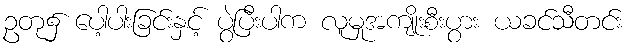
ဥတု၌ ပေါ့ပါးခြင်းနှင့် ပွဲပြီးပါက လူမှုအကျိုးစီးပွား ယခင်သီတင်း